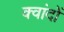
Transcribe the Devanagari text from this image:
क्वांदों